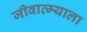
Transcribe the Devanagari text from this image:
जीवात्म्याला